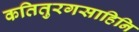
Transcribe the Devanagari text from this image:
कतितुरगसाहिनि